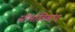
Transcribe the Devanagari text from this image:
सीमाविवाद